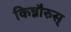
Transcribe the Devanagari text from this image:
किन्नौरुस्